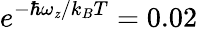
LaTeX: e^{-\hbar\omega_{\mathit{z}}/k_{B}T}=0.02